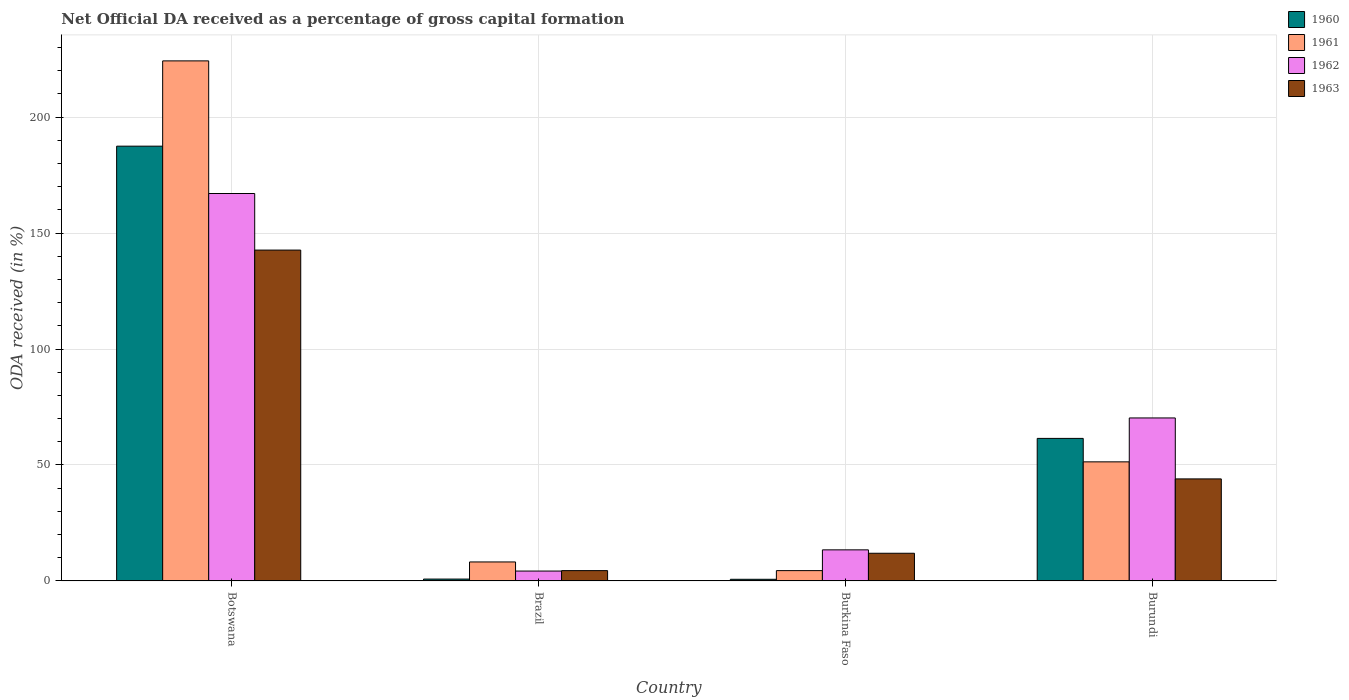
| Country | 1960 | 1961 | 1962 | 1963 |
 | --- | --- | --- | --- | --- |
 | Botswana | 187 | 224 | 167 | 143 |
 | Brazil | 0.808 | 8.19 | 4.26 | 4.45 |
 | Burkina Faso | 0.71 | 4.45 | 13.4 | 11.9 |
 | Burundi | 61.5 | 51.4 | 70.3 | 44 |